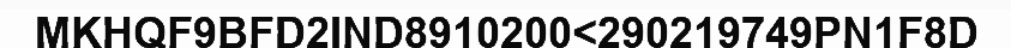
MKHQF9BFD2IND8910200<290219749PN1F8D